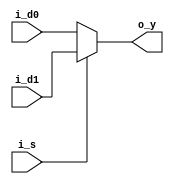
module mux2 #(
    parameter  WIDTH=1
)(
    input [WIDTH-1:0] i_d0, i_d1, 
    input  i_s,
    output [WIDTH-1:0] o_y
);
    assign o_y = i_s ? i_d1 : i_d0;
endmodule